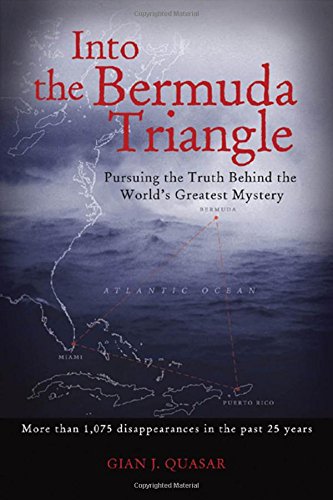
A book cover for Into the Bermuda Triangle: Pursuing the Truth Behind the World's Greatest Mystery; Gian Quasar; History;